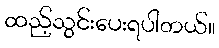
ထည့်သွင်းပေးရပါတယ်။